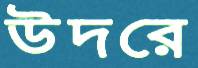
উদরে